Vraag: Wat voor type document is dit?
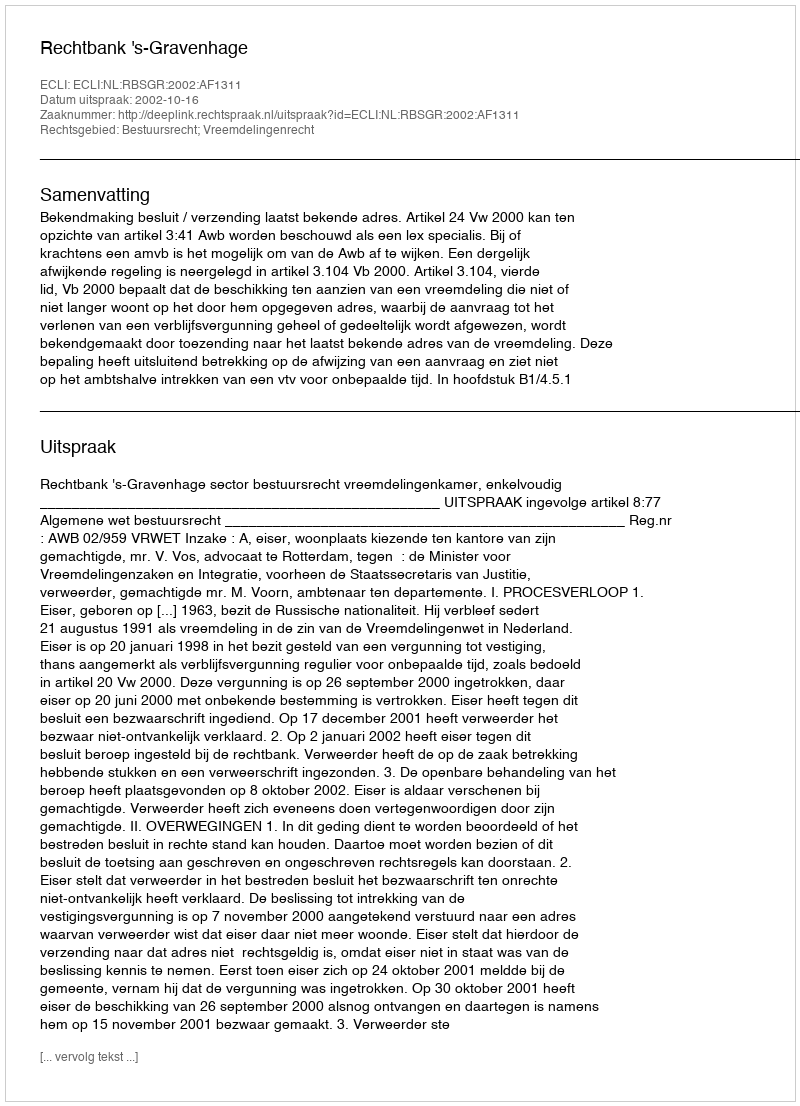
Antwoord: Uitspraak